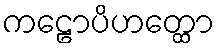
ကဠောပိဟတ္ထော